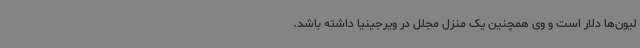
لیون‌ها دلار است و وی همچنین یک منزل مجلل در ویرجینیا داشته باشد.